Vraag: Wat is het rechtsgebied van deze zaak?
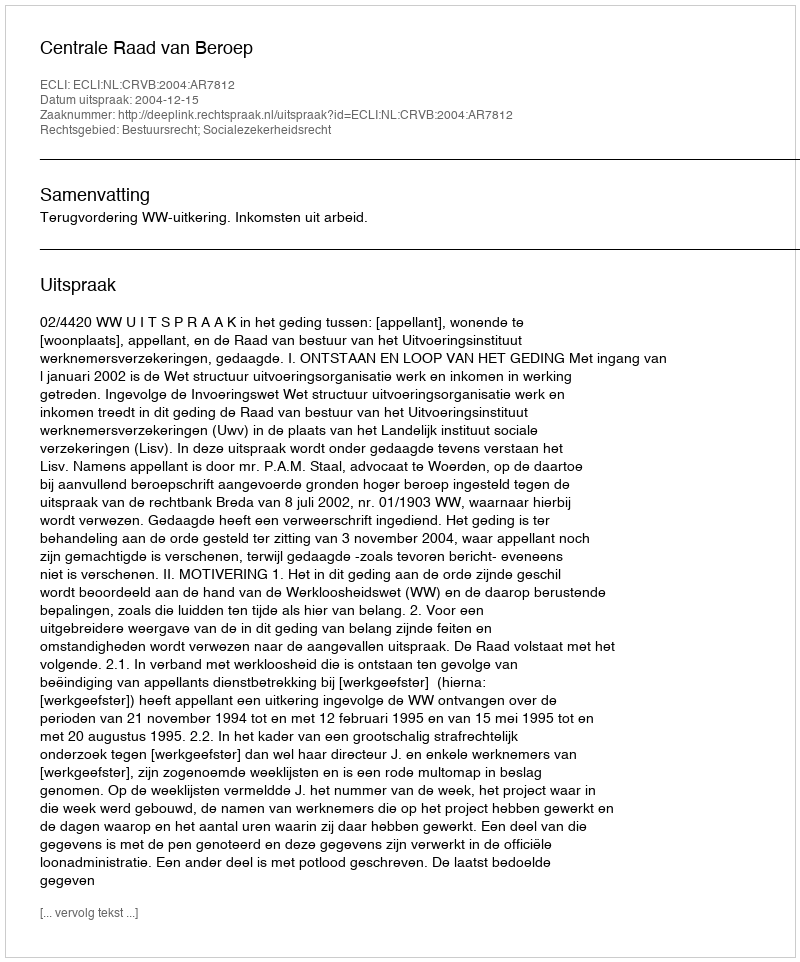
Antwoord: Bestuursrecht; Socialezekerheidsrecht